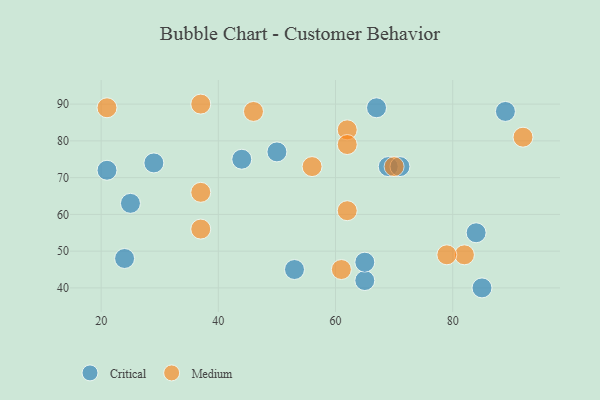
{"axis": {"x": "GDP", "y": "Life Expectancy"}, "legend": ["Critical", "Medium"], "data": [{"x": "65", "y": 42, "type": "Critical"}, {"x": "29", "y": 74, "type": "Critical"}, {"x": "65", "y": 47, "type": "Critical"}, {"x": "89", "y": 88, "type": "Critical"}, {"x": "50", "y": 77, "type": "Critical"}, {"x": "21", "y": 72, "type": "Critical"}, {"x": "67", "y": 89, "type": "Critical"}, {"x": "24", "y": 48, "type": "Critical"}, {"x": "69", "y": 73, "type": "Critical"}, {"x": "84", "y": 55, "type": "Critical"}, {"x": "53", "y": 45, "type": "Critical"}, {"x": "44", "y": 75, "type": "Critical"}, {"x": "25", "y": 63, "type": "Critical"}, {"x": "71", "y": 73, "type": "Critical"}, {"x": "85", "y": 40, "type": "Critical"}, {"x": "82", "y": 49, "type": "Medium"}, {"x": "37", "y": 56, "type": "Medium"}, {"x": "62", "y": 83, "type": "Medium"}, {"x": "92", "y": 81, "type": "Medium"}, {"x": "46", "y": 88, "type": "Medium"}, {"x": "56", "y": 73, "type": "Medium"}, {"x": "37", "y": 66, "type": "Medium"}, {"x": "79", "y": 49, "type": "Medium"}, {"x": "62", "y": 61, "type": "Medium"}, {"x": "62", "y": 79, "type": "Medium"}, {"x": "61", "y": 45, "type": "Medium"}, {"x": "37", "y": 90, "type": "Medium"}, {"x": "21", "y": 89, "type": "Medium"}, {"x": "70", "y": 73, "type": "Medium"}]}